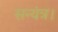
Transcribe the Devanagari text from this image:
सन्यंत्र।